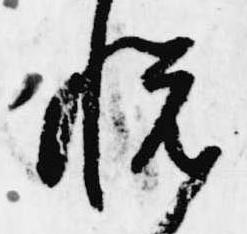
悦